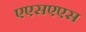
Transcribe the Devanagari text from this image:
एएसएएस